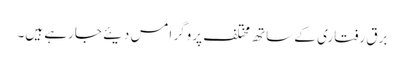
برق رفتاری کے ساتھ مختلف پروگر امس دیئے جارہے ہیں۔